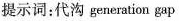
提示词：代沟 generation gap